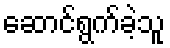
ဆောင်ရွက်ခဲ့သူ